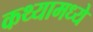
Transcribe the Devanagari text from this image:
कथ्यामध्ये